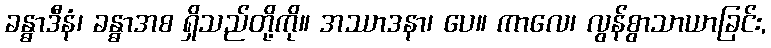
ခန္ဓာဒီနံ၊ ခန္ဓာအစ ရှိသည်တို့ကို။ အဿာဒနာ၊ ပေ။ ကာလေ၊ လွန်စွာသာယာခြင်း,